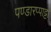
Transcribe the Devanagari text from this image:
पण्डारप्पाट्टा